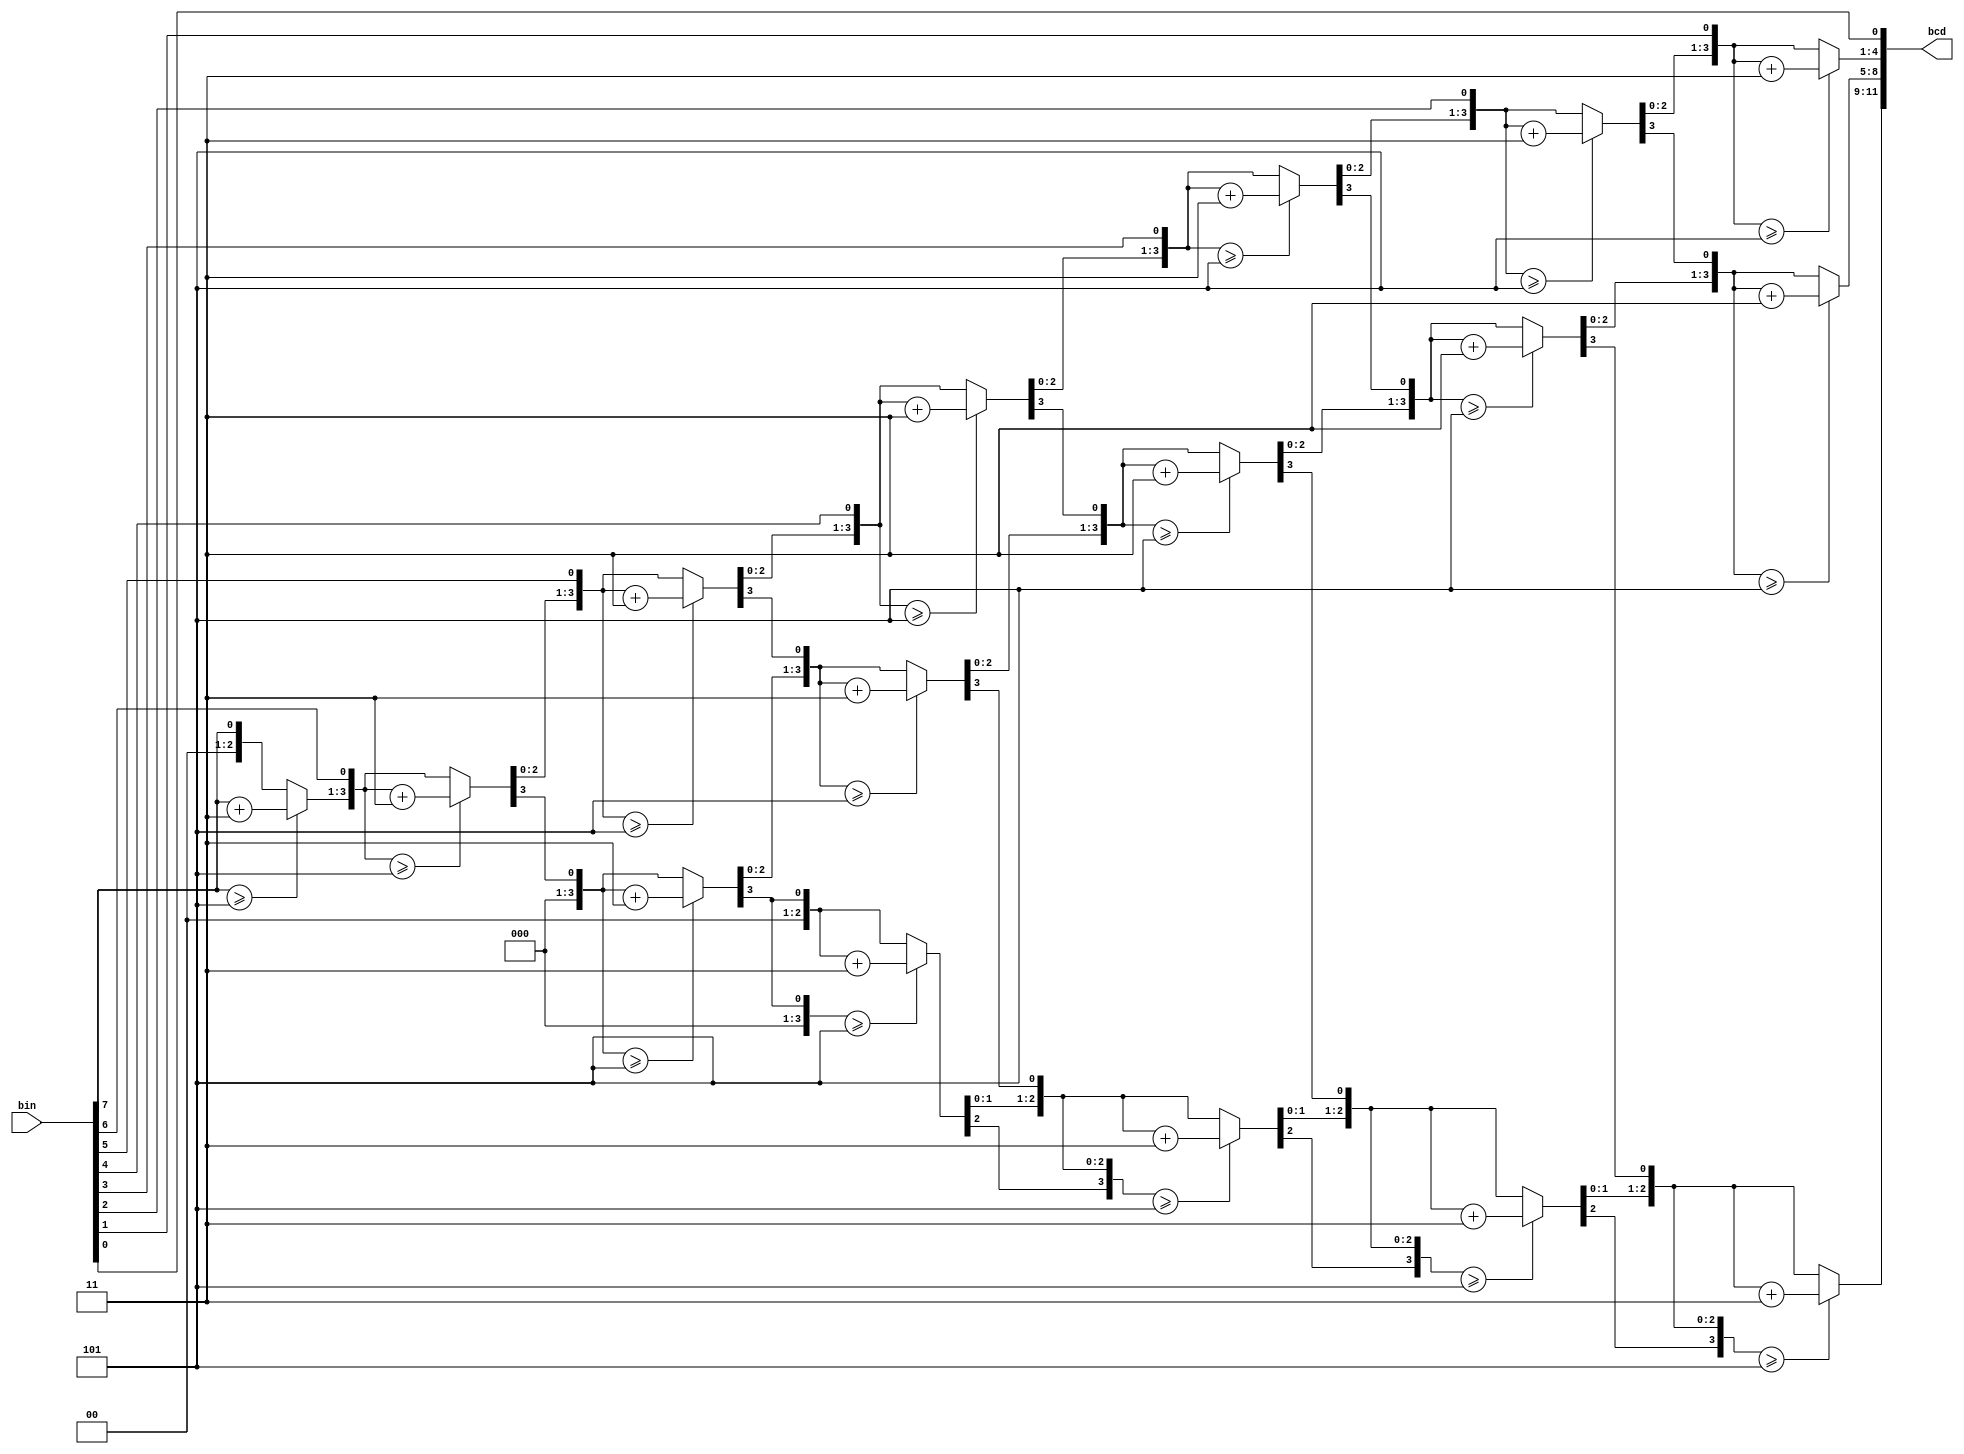
`timescale 1ns / 1ps

// adapted from https://www.realdigital.org/doc/6dae6583570fd816d1d675b93578203d

module binary_bcd_converter(
    input [7:0] bin,
    output reg [11:0] bcd
);
    integer i;
        
    always @(bin) begin
        bcd=0;
        for (i=0;i<8;i=i+1) begin					//Iterate once for each bit in input number
            if (bcd[3:0] >= 5) bcd[3:0] = bcd[3:0] + 3;		//If any BCD digit is >= 5, add three
            if (bcd[7:4] >= 5) bcd[7:4] = bcd[7:4] + 3;
            if (bcd[11:8] >= 5) bcd[11:8] = bcd[11:8] + 3;
            bcd = {bcd[10:0], bin[7-i]};				//Shift one bit, and shift in proper bit from input 
        end
    end

endmodule